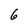
Character: 6